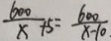
\frac { 6 0 0 } { x } + 5 = \frac { 6 0 0 } { x - 1 0 . }